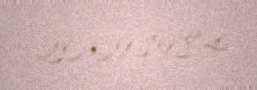
20.09.1984